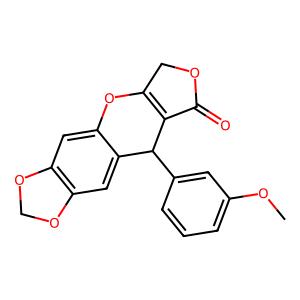
SMILES: COc1cccc(C2C3=C(COC3=O)Oc3cc4c(cc32)OCO4)c1
Inhibits HIV replication: No